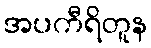
အပကီရိတူန